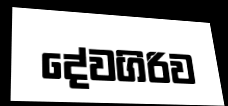
දේවගිරිව